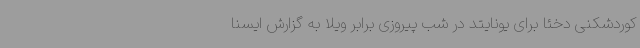
کوردشکنی دخئا برای یونایتد در شب پیروزی برابر ویلا به گزارش ایسنا